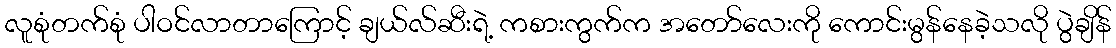
လူစုံတက်စုံ ပါဝင်လာတာကြောင့် ချယ်လ်ဆီးရဲ့ ကစားကွက်က အတော်လေးကို ကောင်းမွန်နေခဲ့သလို ပွဲချိန်